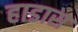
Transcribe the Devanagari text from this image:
हाडास